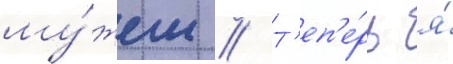
му́жем // Т'еп'е́рь я́